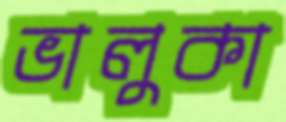
ভালুকা